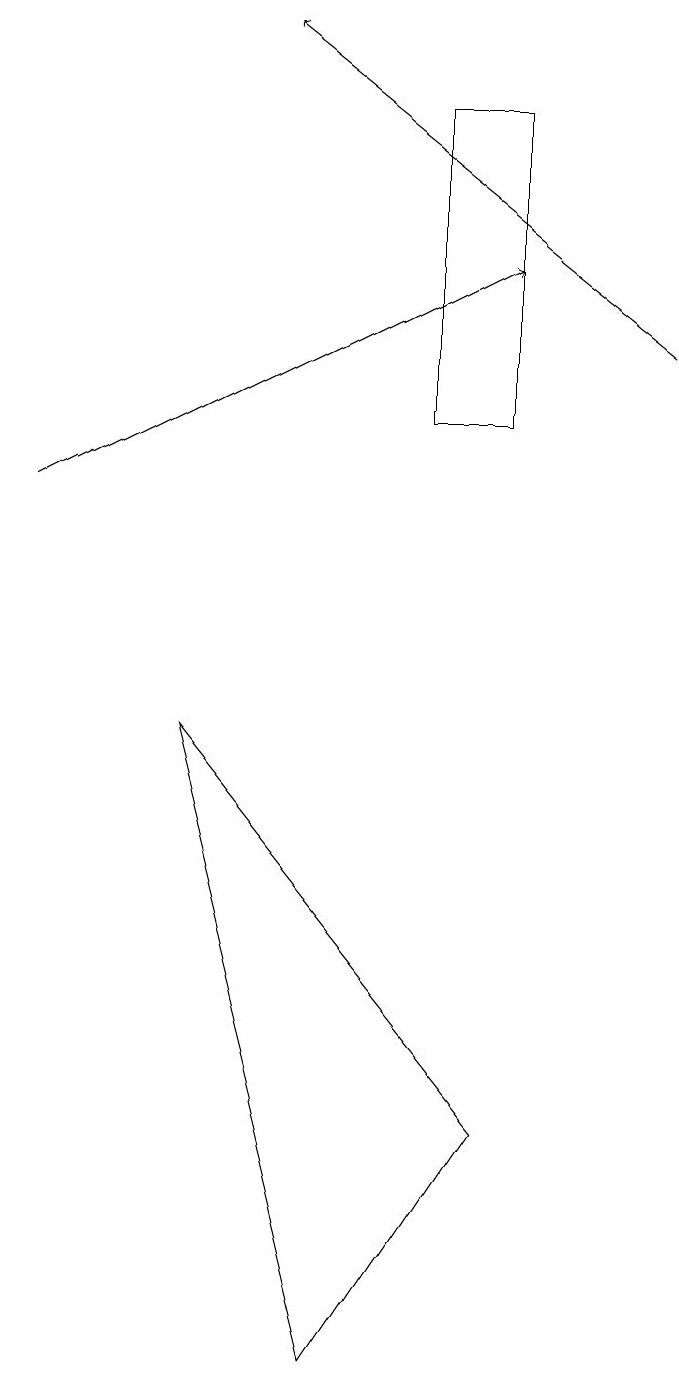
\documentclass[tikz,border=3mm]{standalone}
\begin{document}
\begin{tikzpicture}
\draw (3,8) -- (7,3) -- (5,0) -- cycle;
\draw (6,16) rectangle (7,12);
\draw[->] (1,11) -- (7,14);
\draw[->] (9,13) -- (4,17);
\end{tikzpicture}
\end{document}